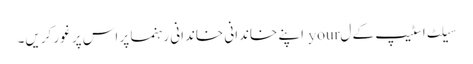
سیلٹ اسٹیپ کے ل your اپنے خاندانی خاندانی رہنما پر اس پر غور کریں۔